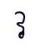
វ